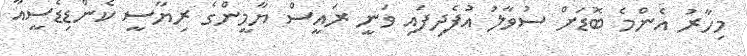
މިހާރު އެންމެ ބޮޑަށް ސުވާލު އުފެދިފައި ވަނީ ރައީސް ޔާމީންގެ ރިޔާސީ ކެންޑިޑެސީއާ